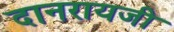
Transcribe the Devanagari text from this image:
दानरायजी